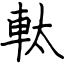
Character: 軚